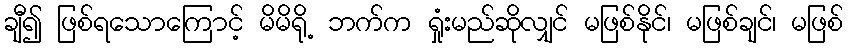
ချီ၍ ဖြစ်ရသောကြောင့် မိမိရို့ ဘက်က ရှုံးမည်ဆိုလျှင် မဖြစ်နိုင်၊ မဖြစ်ချင်၊ မဖြစ်